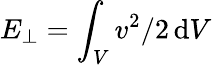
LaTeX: E_{\perp}=\int_{V}v^{2}/2\, \mathrm{d}V